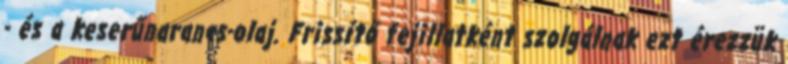
- és a keserűnarancs-olaj. Frissítő fejillatként szolgálnak ezt érezzük